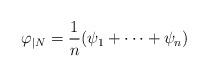
LaTeX: \begin{align*}\varphi_{|N} = \frac{1}{n} (\psi_1 + \cdots + \psi_n) \end{align*}